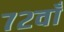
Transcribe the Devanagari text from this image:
७२वाँ